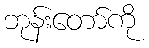
ဘုန်းတော်ကို